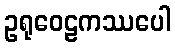
ဥရုဝေဠကဿပေါ